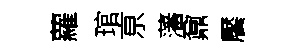
蘿琯亰藩鼐饜